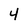
Character: 4